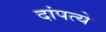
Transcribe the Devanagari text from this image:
दांपत्ये